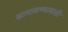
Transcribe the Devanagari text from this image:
सामावण्यासाठी